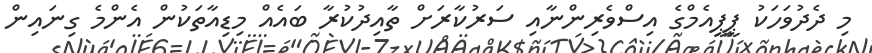
މި ދެދުވަހަކު ޕީޕީއެމްގެ އިސްވެރިންނާއި ސަރުކާރަށް ތާއިދުކުރާ ބައެއް މިޑިއާތަކުން އެންމެ ގިނައިން